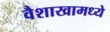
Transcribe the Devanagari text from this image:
वैशाखामध्ये